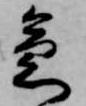
急